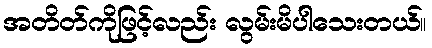
အတိတ်ကိုဖြင့်လည်း လွမ်းမိပါသေးတယ်။